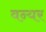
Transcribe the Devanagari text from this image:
वन्यर